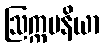
ဩက္ကမနိယာ